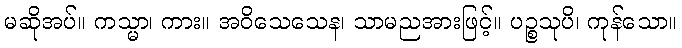
မဆိုအပ်။ ကသ္မာ၊ ကား။ အဝိသေသေန၊ သာမညအားဖြင့်။ ပဉ္စသုပိ၊ ကုန်သော။